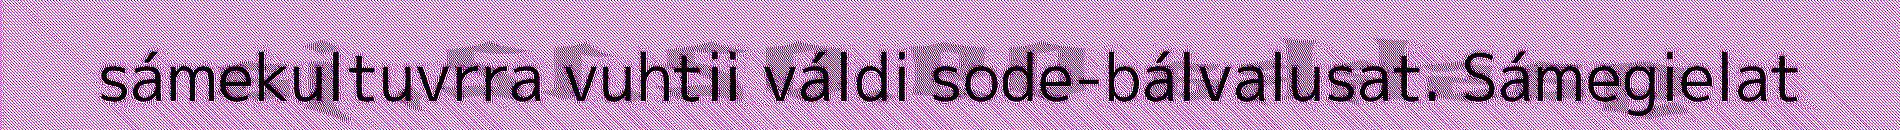
sámekultuvrra vuhtii váldi sode-bálvalusat. Sámegielat